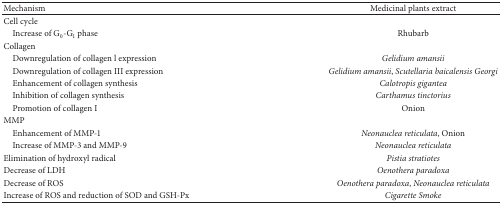
<table><thead><tr><td><b>Mechanism</b></td><td><b>Medicinal plants extract</b></td></tr></thead><tbody><tr><td>Cell cycle</td><td> </td></tr><tr><td> Increase of G<sub>0</sub>-G<sub>1</sub> phase</td><td>Rhubarb</td></tr><tr><td>Collagen</td><td> </td></tr><tr><td> Downregulation of collagen l expression</td><td><i>Gelidium amansii </i></td></tr><tr><td> Downregulation of collagen III expression</td><td><i>Gelidium amansii</i>, <i>Scutellaria baicalensis Georgi </i></td></tr><tr><td> Enhancement of collagen synthesis</td><td><i>Calotropis gigantea </i></td></tr><tr><td> Inhibition of collagen synthesis</td><td><i>Carthamus tinctorius </i></td></tr><tr><td> Promotion of collagen I</td><td>Onion </td></tr><tr><td>MMP</td><td> </td></tr><tr><td> Enhancement of MMP-1</td><td><i>Neonauclea reticulata</i>, Onion </td></tr><tr><td> Increase of MMP-3 and MMP-9</td><td><i>Neonauclea reticulata </i></td></tr><tr><td>Elimination of hydroxyl radical </td><td><i>Pistia stratiotes </i></td></tr><tr><td>Decrease of LDH</td><td><i>Oenothera paradoxa </i></td></tr><tr><td>Decrease of ROS</td><td><i>Oenothera paradoxa</i>, <i>Neonauclea reticulata </i></td></tr><tr><td>Increase of ROS and reduction of SOD and GSH-Px</td><td><i>Cigarette Smoke </i></td></tr></tbody></table>